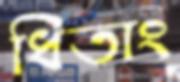
ধিতাং